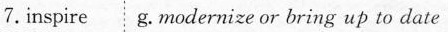
7. inspire g.modernize or bring up to date